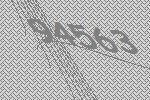
94563